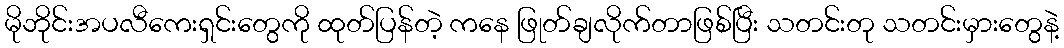
မိုဘိုင်းအပလီကေးရှင်းတွေကို ထုတ်ပြန်တဲ့ ကနေ ဖြုတ်ချလိုက်တာဖြစ်ပြီး သတင်းတု သတင်းမှားတွေနဲ့